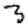
Digit: 3